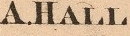
A.HALL